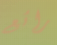
رائع